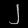
Digit: ၂